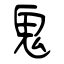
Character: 鬼